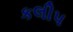
કલીપ